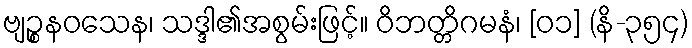
ဗျဉ္စနဝသေန၊ သဒ္ဒါ၏အစွမ်းဖြင့်။ ဝိဘတ္တိဂမနံ၊ [၀၁] (နိ-၃၅၄)